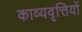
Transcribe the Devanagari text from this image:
काव्यवृत्तियों